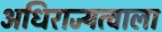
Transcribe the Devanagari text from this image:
अधिराज्यत्वाला